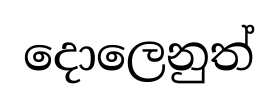
දොලෙනුත්